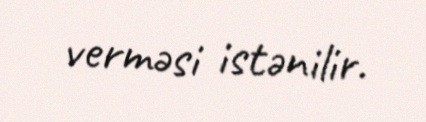
verməsi istənilir.